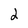
Character: 2